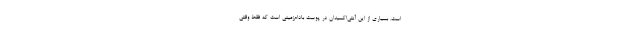
است. بسیاری از این آنتی‌اکسیدان در پوست بادام‌زمینی است که فقط وقتی